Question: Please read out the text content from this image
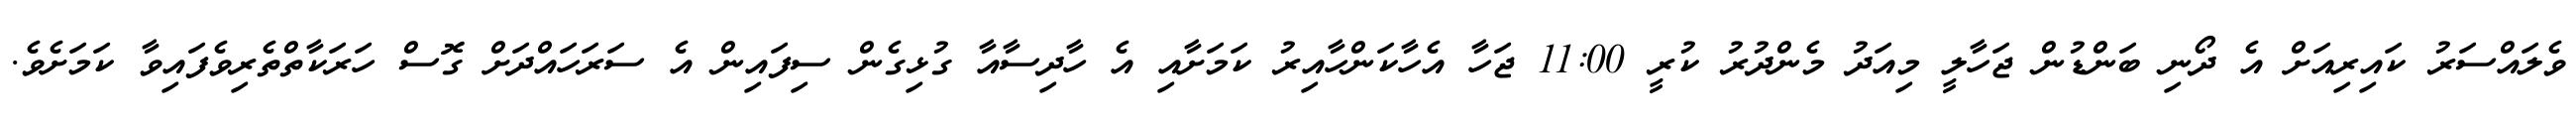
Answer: ވެލައްސަރު ކައިރިއަށް އެ ދޯނި ބަންޑުން ޖަހާލީ މިއަދު މެންދުރު ކުރީ 11:00 ޖަހާ އެހާކަންހާއިރު ކަމަށާއި އެ ހާދިސާއާ ގުޅިގެން ސިފައިން އެ ސަރަހައްދަށް ގޮސް ހަރަކާތްތެރިވެފައިވާ ކަމަށެވެ.